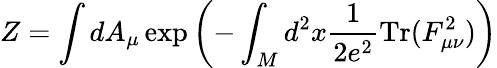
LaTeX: Z=\int dA_{\mu}\exp\left(-\int_{M}d^{2}x\frac{1}{2e^{2}}\mathrm{Tr}(F_{\mu\nu}^{2})\right)